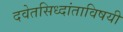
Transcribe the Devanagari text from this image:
दवेतसिध्दांताविषयी